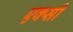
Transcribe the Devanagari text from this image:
एक्सी